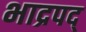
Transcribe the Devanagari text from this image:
भाद्रपद्